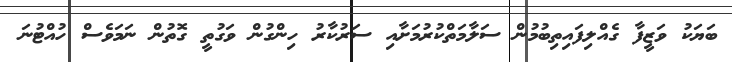
ބަޔަކު ވަޒީފާ ގެއްލިފައިތިބުމުން ސަލާމަތްކުރުމަށާއި ސަރުކާރު ހިންގުން ވަގުތީ ގޮތުން ނަމަވެސް ހުއްޓުނަ